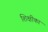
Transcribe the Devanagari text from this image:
शिक्षीका